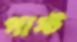
পাস্ট